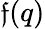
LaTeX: \mathfrak{f}(q)